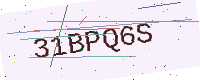
Text: 31BPQ6S